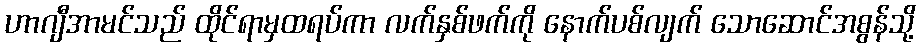
ဟာဂျီအာမင်သည် ထိုင်ရာမှထရပ်ကာ လက်နှစ်ဖက်ကို နောက်ပစ်လျက် သောဆောင်အစွန်သို့